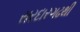
સરદારગઢથી